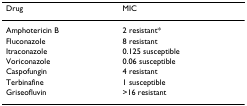
<table><thead><tr><td><b>Drug</b></td><td><b>MIC</b></td></tr></thead><tbody><tr><td>Amphotericin B</td><td>2 resistant*</td></tr><tr><td>Fluconazole</td><td>8 resistant</td></tr><tr><td>Itraconazole</td><td>0.125 susceptible</td></tr><tr><td>Voriconazole</td><td>0.06 susceptible</td></tr><tr><td>Caspofungin</td><td>4 resistant</td></tr><tr><td>Terbinafine</td><td>1 susceptible</td></tr><tr><td>Griseofluvin</td><td>&gt;16 resistant</td></tr></tbody></table>